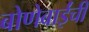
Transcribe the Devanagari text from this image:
बोणेबाईंची